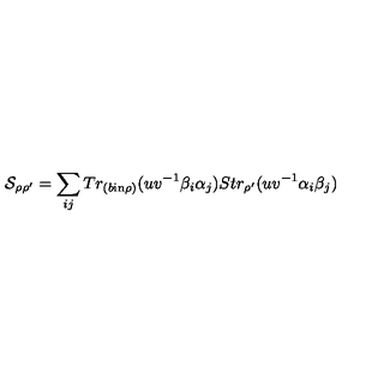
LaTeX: { \cal S } _ { \rho \rho ^ { \prime } } = \sum _ { i j } T r _ { ( b \mathrm { i n } \rho ) } ( u v ^ { - 1 } \beta _ { i } \alpha _ { j } ) S t r _ { \rho ^ { \prime } } ( u v ^ { - 1 } \alpha _ { i } \beta _ { j } )